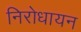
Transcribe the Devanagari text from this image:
निरोधायन